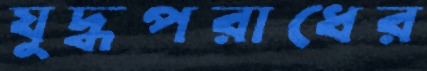
যুদ্ধপরাধের